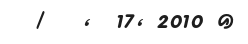
/